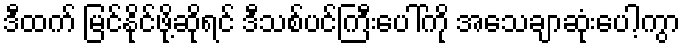
ဒီထက် မြင်နိုင်ဖို့ဆိုရင် ဒီသစ်ပင်ကြီးပေါ်ကို အသေချာဆုံးပေါ့ကွာ